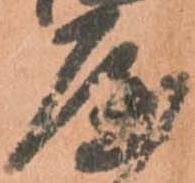
屋